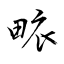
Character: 畩